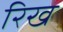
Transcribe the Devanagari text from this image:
रिख